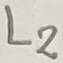
Text: L2